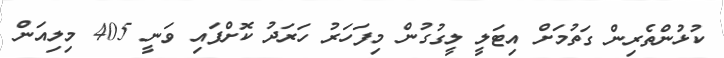
ކުޅުންތެރިން ގަތުމަށް އިޓަލީ ލީގުގުން މިފަހަރު ހަރަދު ކޮށްފައި ވަނީ 405 މިލިއަން